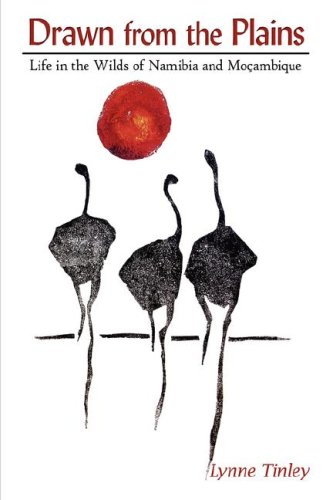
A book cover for Drawn from the Plains: Life in the Wilds of Namibia and MoÃ§ambique; Lynne Tinley; Travel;